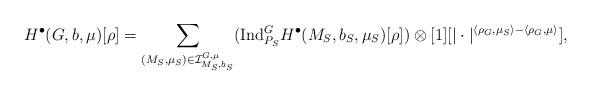
LaTeX: \begin{align*}H^{\bullet}(G, b, \mu )[\rho]=\sum\limits_{ (M_S, \mu_S) \in \mathcal{I}^{G, \mu}_{M_S, b_S}} (\mathrm{Ind}^G_{P_S} H^{\bullet}(M_S, b_S, \mu_S)[\rho])\otimes [1][|\cdot|^{\langle \rho_G, \mu_S \rangle - \langle \rho_G, \mu \rangle}],\end{align*}